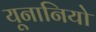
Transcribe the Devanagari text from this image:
यूनानियो